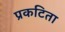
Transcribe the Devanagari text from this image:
प्रकटिता